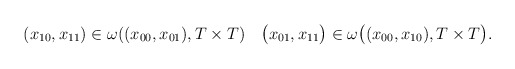
\begin{align*}\begin{gathered}(x_{10},x_{11}) \in \omega((x_{00},x_{01}),T \times T)\quad\bigl(x_{01},x_{11}\bigr) \in \omega\bigl((x_{00},x_{10}),T \times T\bigr).\end{gathered}\end{align*}